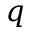
q